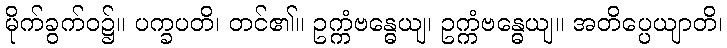
မိုက်ခွက်ဝ၌။ ပက္ခပတိ၊ တင်၏။ ဥက္ကံဗန္ဓေယျ၊ ဥက္ကံဗန္ဓေယျ။ အတိပ္ပေယျာတိ၊